Annual administration report of the Civil Veterinary Department, Ajmere-Merwara, British Rajputana - 1914-1940
Year: 1914
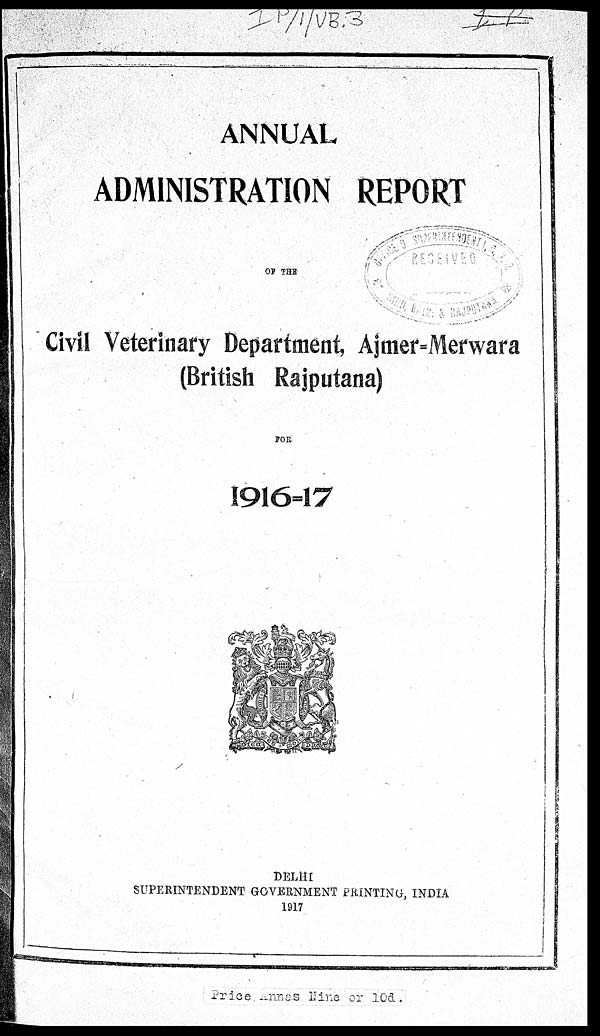
ANNUAL
ADMINISTRATION REPORT
OF THE
Civil Veterinary Department, Ajmer=Merwara
(British Rajputana)
FOR
1916=17
DELHI
SUPERINTENDENT GOVERNMENT PRINTING, INDIA
1917
Price Innes Nine or 10d.